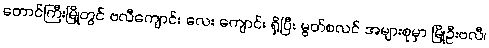
တောင်ကြီးမြို့တွင် ဗလီကျောင်း လေး ကျောင်း ရှိပြီး မွတ်စလင် အများစုမှာ မြို့ဦးဗလီ၊